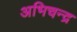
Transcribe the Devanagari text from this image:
अभिचन्द्र